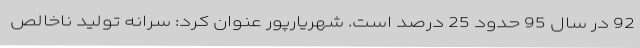
92 در سال 95 حدود 25 درصد است. شهریارپور عنوان کرد: سرانه تولید ناخالص